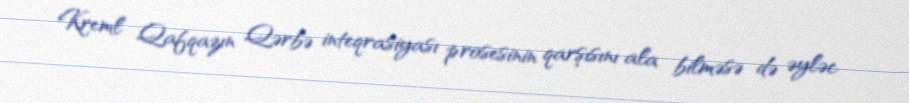
Kreml Qafqazın Qərbə inteqrasiyası prosesinin qarşısını ala bilməsə də əyləc